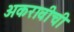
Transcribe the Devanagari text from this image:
अकरावीची